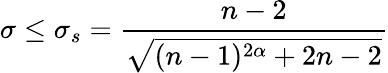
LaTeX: \sigma\leq\sigma_{s}=\frac{n-2}{\sqrt{(n-1)^{2\alpha}+2n-2}}